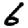
Digit: 6